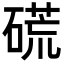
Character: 𥔾